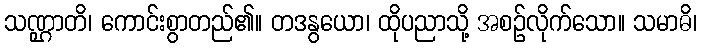
သဏ္ဌာတိ၊ ကောင်းစွာတည်၏။ တဒနွယော၊ ထိုပညာသို့ အစဉ်လိုက်သော။ သမာဓိ၊